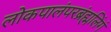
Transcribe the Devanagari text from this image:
लोकपालंपरब्रंह्मलिंगं